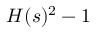
H ( s ) ^ { 2 } - 1